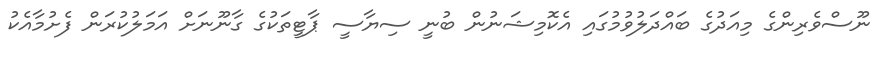
ނޫސްވެރިންގެ މިއަދުގެ ބައްދަލުވުމުގައި އެކޮމިޝަނުން ބުނީ ސިޔާސީ ޕާޓީތަކުގެ ގާނޫނަށް އަމަލުކުރަން ފެށުމާއެކު